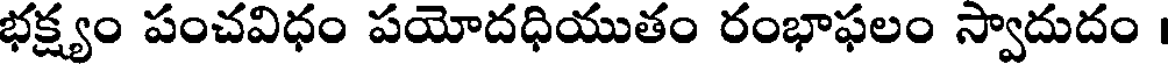
భక్ష్యం పంచవిధం పయోదధియుతం రంభాఫలం స్వాదుదం